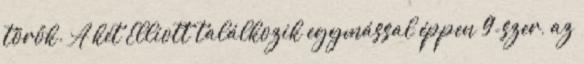
törők. A két Elliott találkozik egymással éppen 9-szer, az